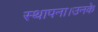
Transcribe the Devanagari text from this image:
स्थापना।उनके